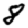
Digit: 8